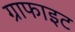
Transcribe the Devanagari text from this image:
ग्राफाइट